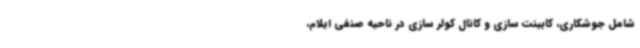
شامل جوشکاری، کابینت سازی و کانال کولر سازی در ناحیه صنفی ایلام،